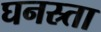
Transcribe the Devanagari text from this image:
घनस्र्ता